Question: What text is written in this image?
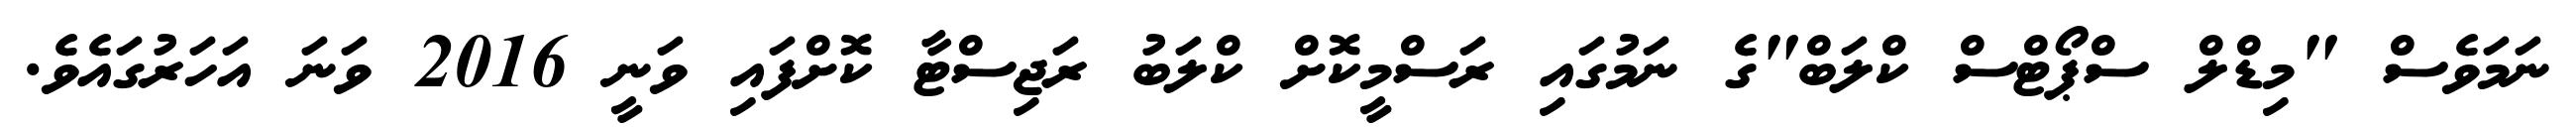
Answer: ނަމަވެސް "މިޑްލް ސްޕޯޓްސް ކްލަބް"ގެ ނަމުގައި ރަސްމީކޮށް ކްލަބު ރަޖިސްޓާ ކޮށްފައި ވަނީ 2016 ވަނަ އަހަރުގައެވެ.